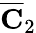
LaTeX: \overline{{\mathbf{C}}}_{2}